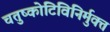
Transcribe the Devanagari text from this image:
चतुष्कोटिविनिर्मुक्त